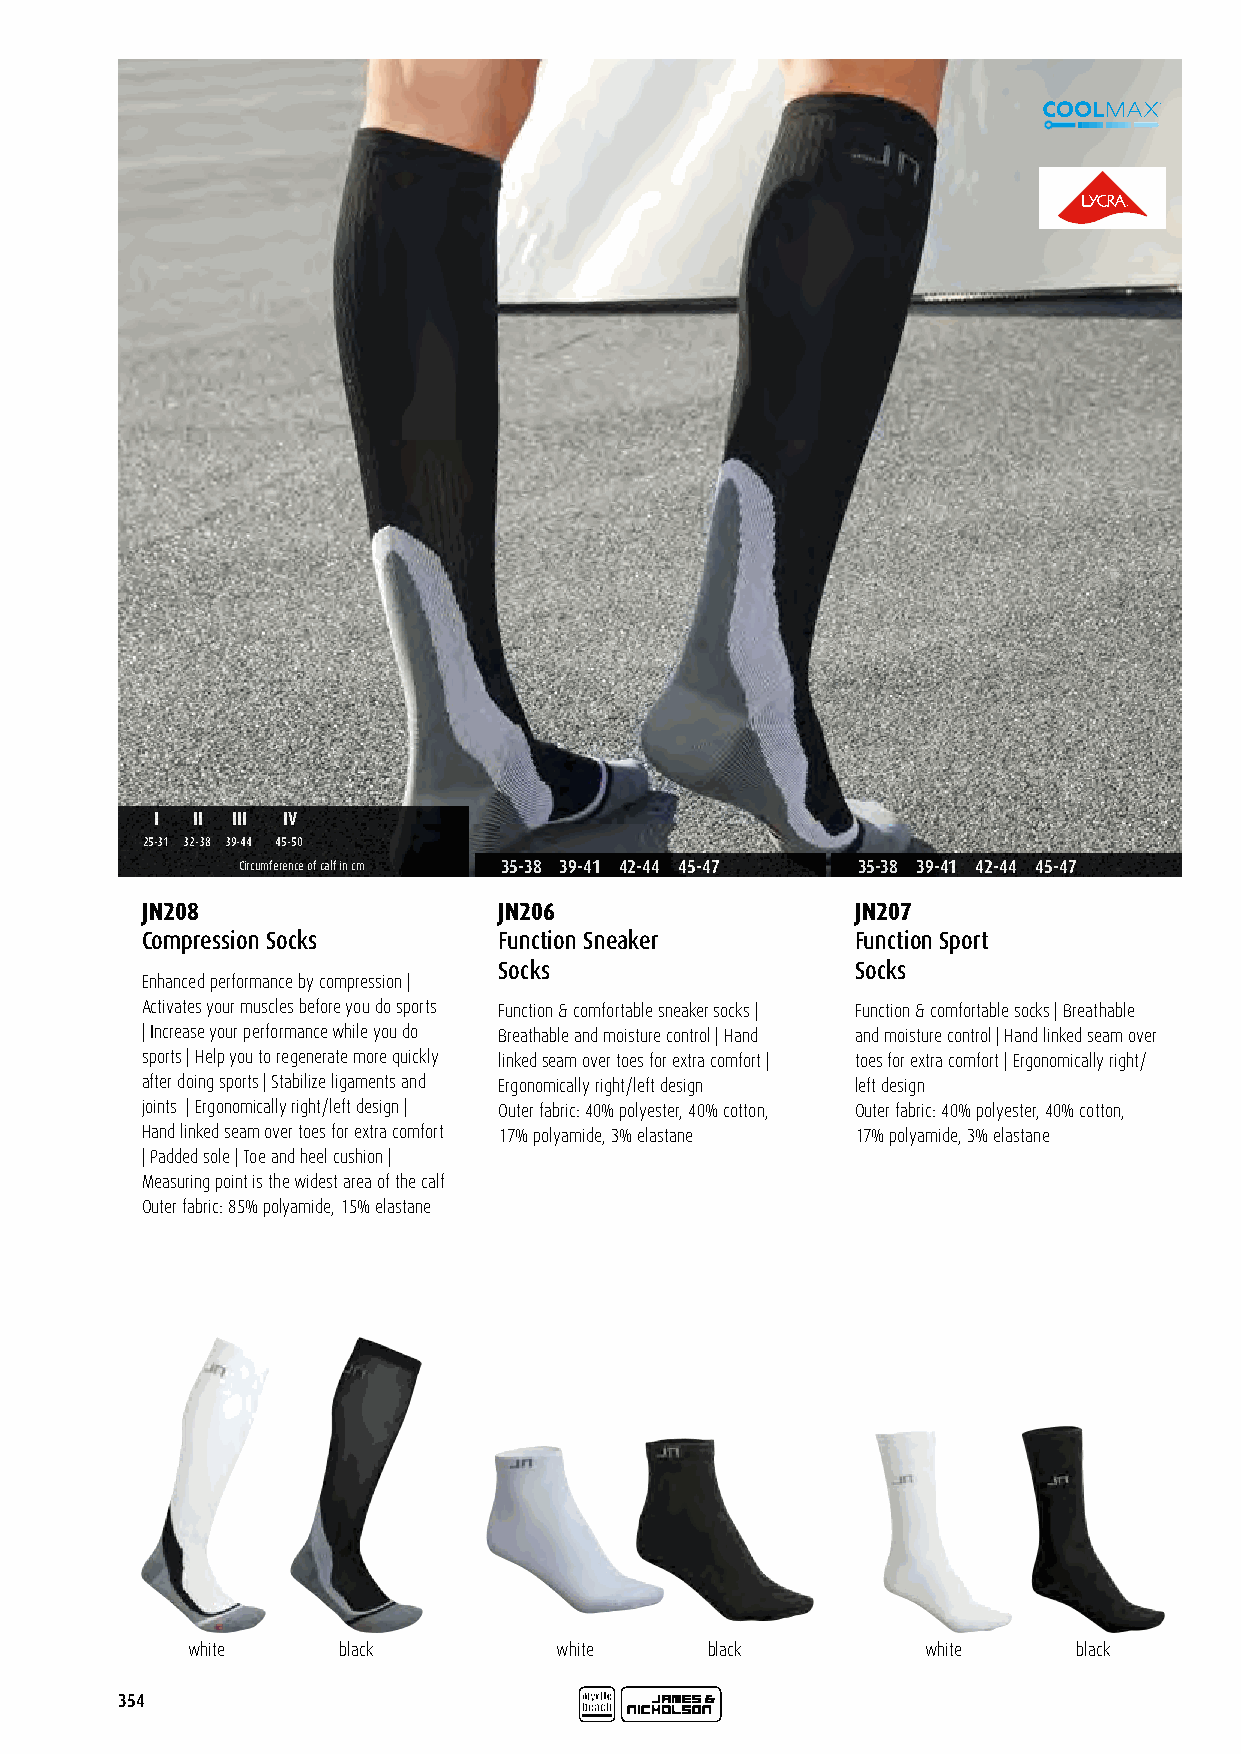
I  II III IV
 25-31 32-38 39-44 45-50
 Circumference of calf in cm 35-38 39-41 42-44 45-47 35-38 39-41 42-44 45-47
 JN208                   JN206                   JN207
 Compression Socks       Function Sneaker        Function Sport
 Socks                   Socks
 Enhanced performance by compression |
 Activates your muscles before you do sports Function & comfortable sneaker socks | Function & comfortable socks | Breathable
 | Increase your performance while you do Breathable and moisture control | Hand and moisture control | Hand linked seam over
 sports | Help you to regenerate more quickly linked seam over toes for extra comfort | toes for extra comfort | Ergonomically right/
 after doing sports | Stabilize ligaments and Ergonomically right/left design left design
 joints | Ergonomically right/left design | Outer fabric: 40% polyester, 40% cotton, Outer fabric: 40% polyester, 40% cotton,
 Hand linked seam over toes for extra comfort 17% polyamide, 3% elastane 17% polyamide, 3% elastane
 | Padded sole | Toe and heel cushion |
 Measuring point is the widest area of the calf
 Outer fabric: 85% polyamide, 15% elastane
 white     black          white     black         white     black
 354